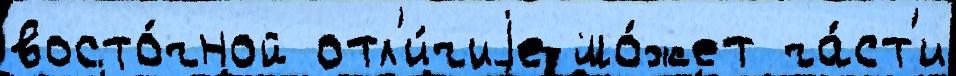
восто́чной отл'и́чиjе мо́жет ча́ст'и